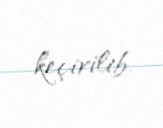
keçirilib.